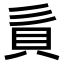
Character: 𧴭